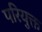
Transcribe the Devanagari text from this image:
परियुक्त